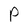
Character: P